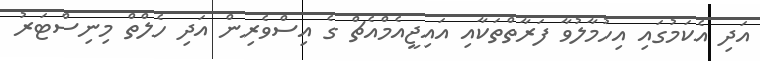
އަދި އެކަމުގައި އިހުމާލުވާ ފަރާތްތަކާއި އައިޖީއެމްއެޗް ގެ އިސްވެރިން އަދި ހެލްތް މިނިސްޓަރު